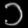
Digit: ၁